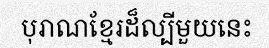
បុរាណខ្មែរដ៏ល្បីមួយនេះ